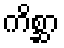
ကိစ္ဆာ